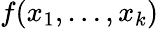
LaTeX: f(x_{1},\dots,x_{k})